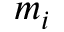
m _ { i }